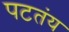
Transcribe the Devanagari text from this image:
पटतंय